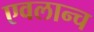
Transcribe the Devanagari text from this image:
एवलान्च